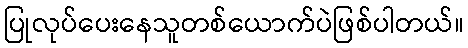
ပြုလုပ်ပေးနေသူတစ်ယောက်ပဲဖြစ်ပါတယ်။